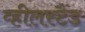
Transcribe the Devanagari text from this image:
व्हीलस्टैंड